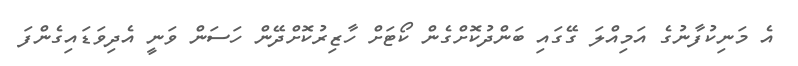
އެ މަނިކުފާނުގެ އަމިއްލަ ގޭގައި ބަންދުކޮށްގެން ކޯޓަށް ހާޒިރުކޮށްދޭން ހަސަން ވަނީ އެދިވަޑައިގެންފަ